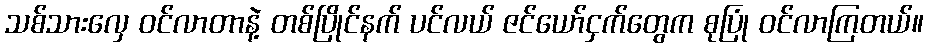
သစ်သားလှေ ဝင်လာတာနဲ့ တစ်ပြိုင်နက် ပင်လယ် ဇင်ယော်ငှက်တွေက စုပြုံ ဝင်လာကြတယ်။